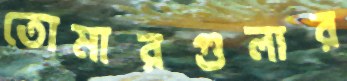
তোমারগুলার